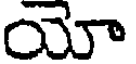
యో